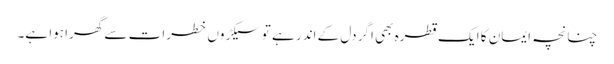
چنانچہ ایمان کا ایک قطرہ بھی اگر دل کے اندر ہے تو سیکڑوں خطرات سے گھرا ہوا ہے۔